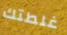
غلطتك